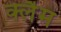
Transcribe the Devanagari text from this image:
क्लैम